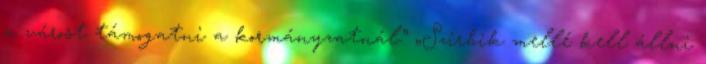
a várost támogatni a kormányzatnál.” „Szirbik mellé kell állni